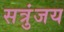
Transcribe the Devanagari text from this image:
सत्रुंजय